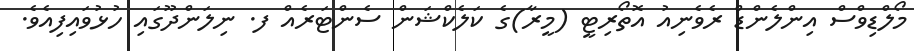
މޯލްޑިވްސް އިންލެންޑް ރެވެނިއު އޮތޯރިޓީ (މީރާ)ގެ ކަލެކްޝަން ސެންޓަރެއް ފ. ނިލަންދޫގައި ހުޅުވައިފިއެވެ.